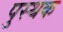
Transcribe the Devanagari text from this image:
पुस्थक